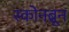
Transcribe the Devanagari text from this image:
स्कोनब्रून